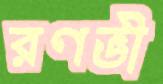
রণভী